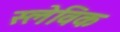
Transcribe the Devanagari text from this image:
स्लेविक